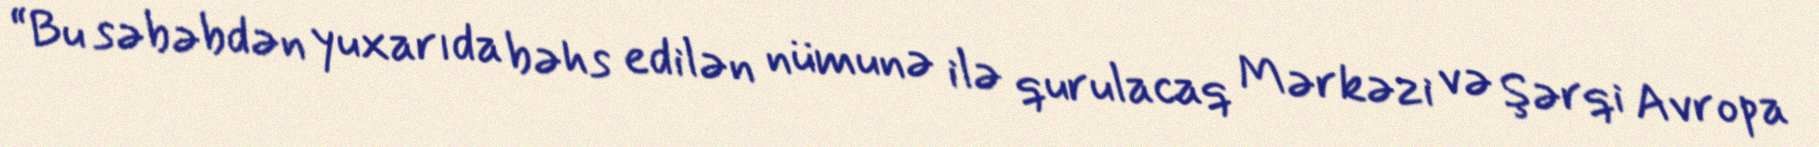
“Bu səbəbdən yuxarıda bəhs edilən nümunə ilə qurulacaq Mərkəzi və Şərqi Avropa